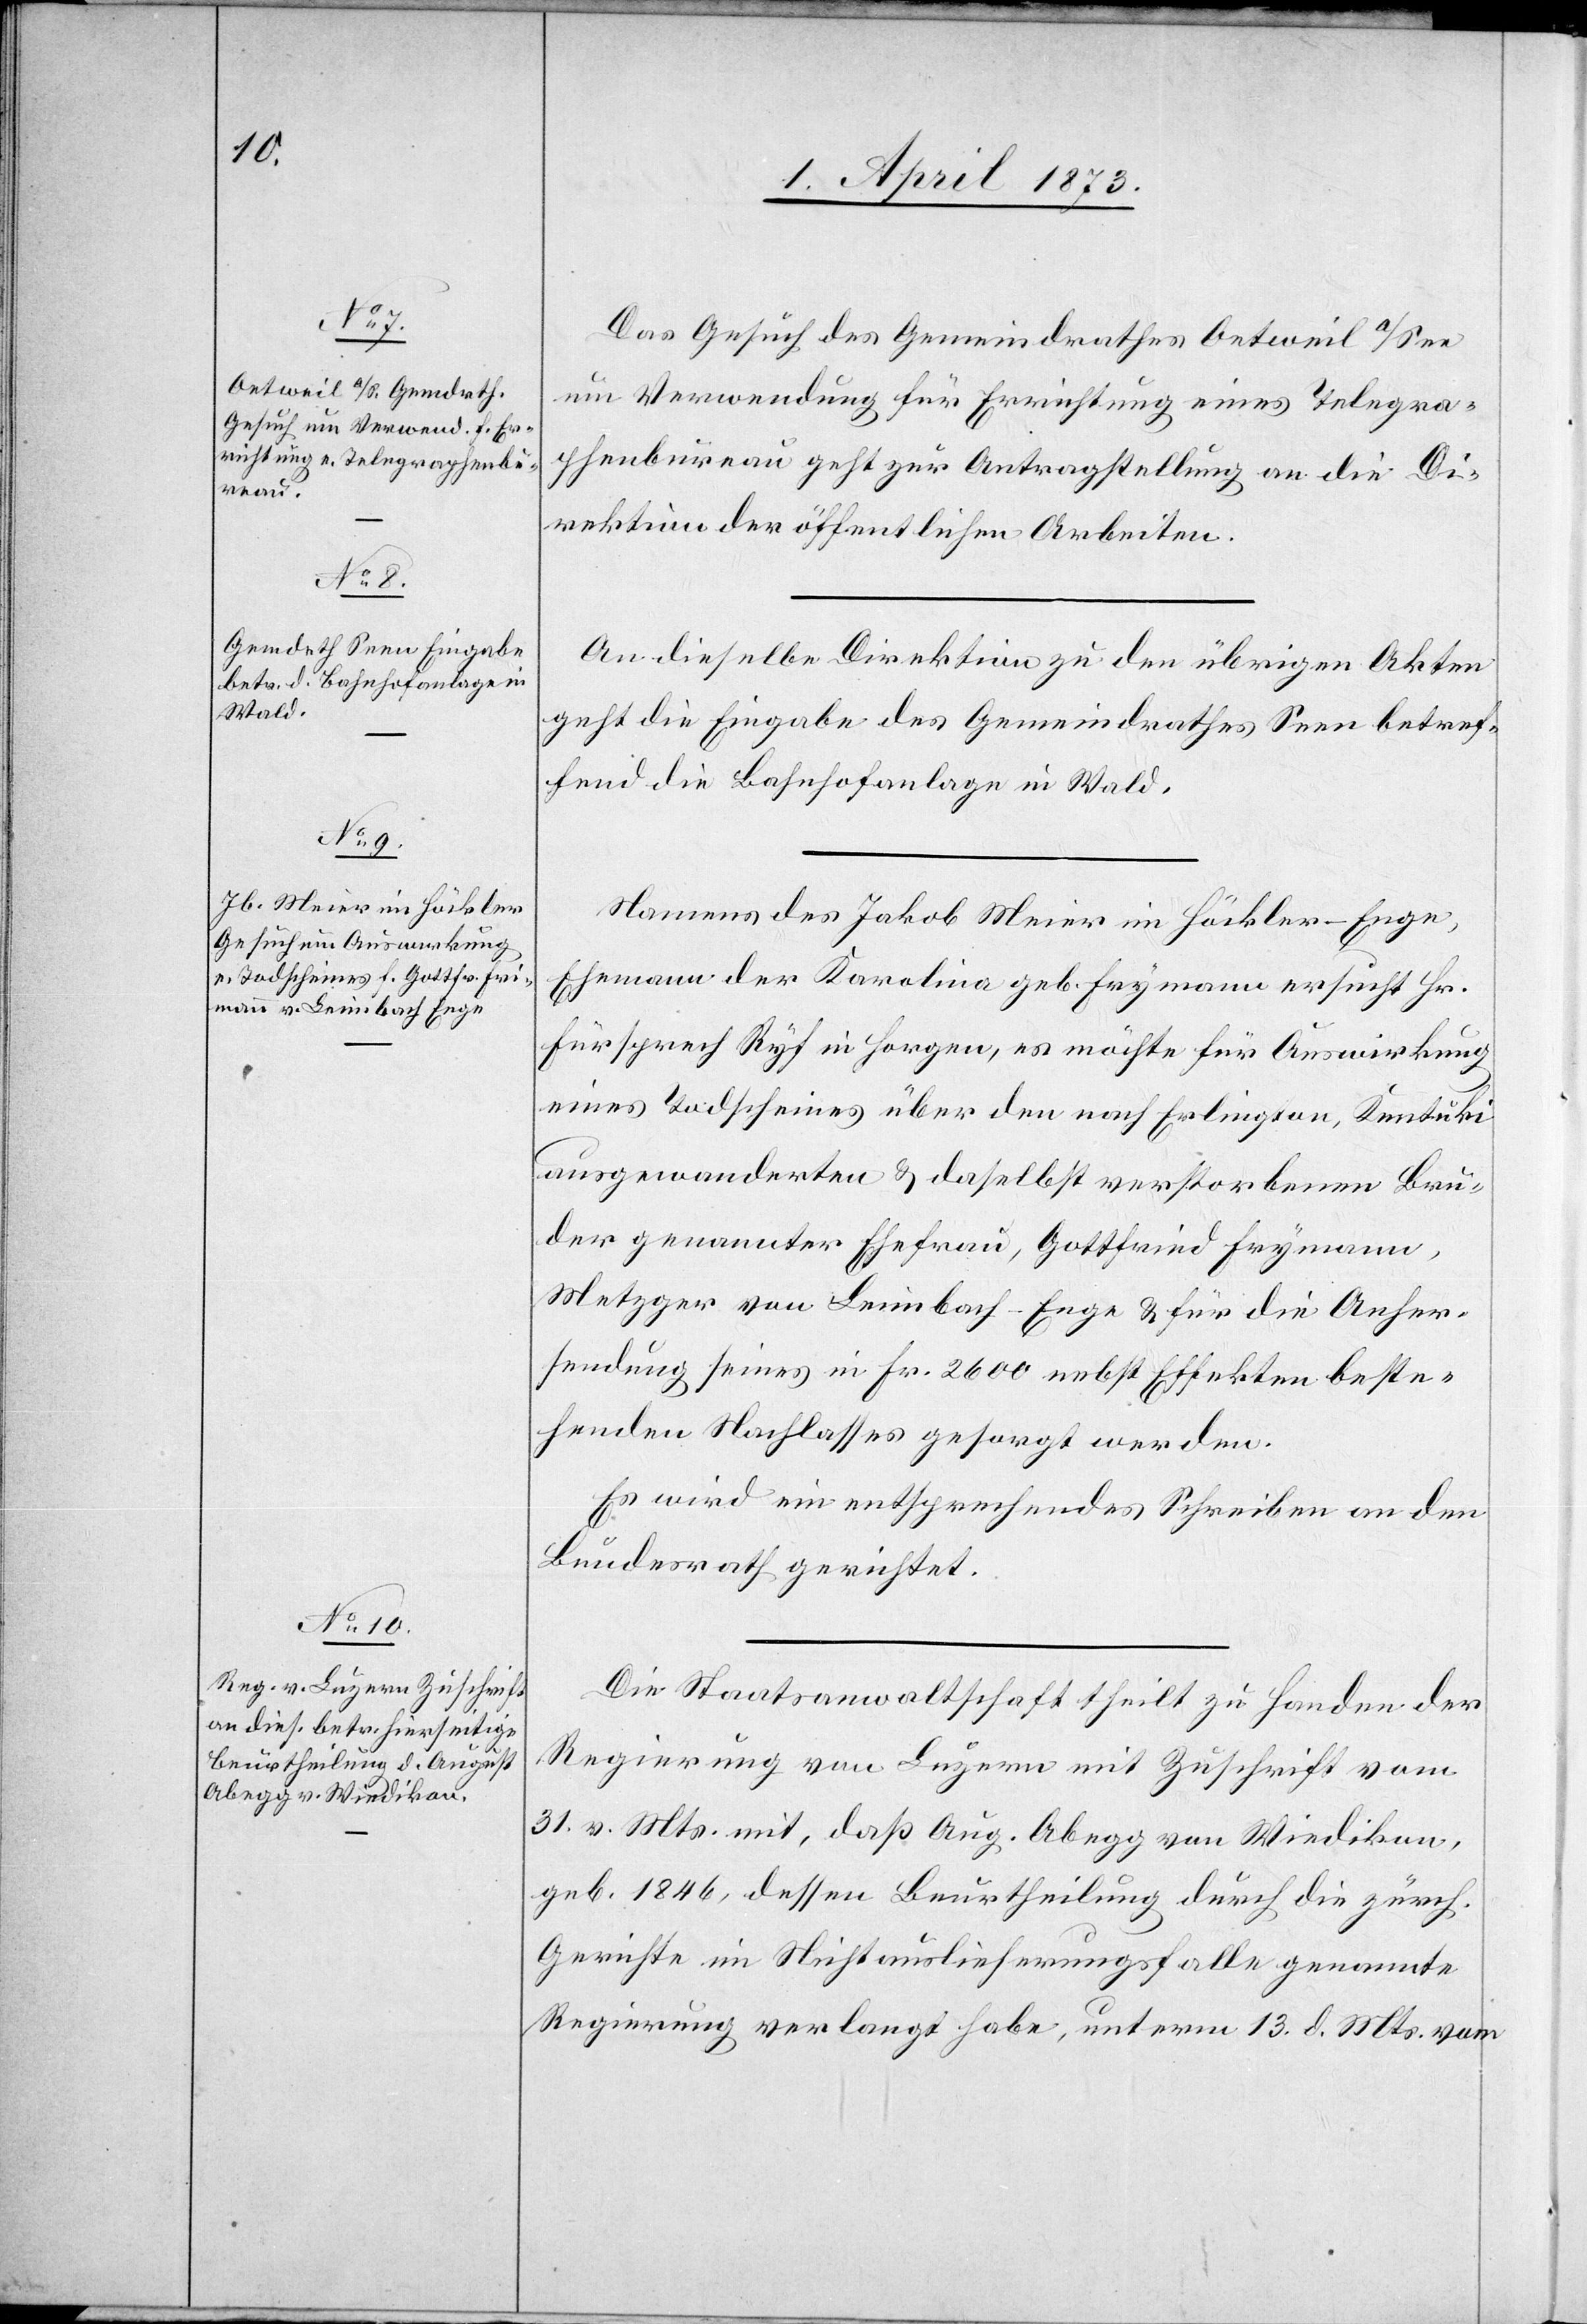
1. April 1873.]
Das Gesuch des Gemeindrathes Oetweil a/See
um Verwendung für Errichtung eines Telegra¬
phenbureau geht zur Antragstellung an die Di¬
rektion der öffentlichen Arbeiten.
An dieselbe Direktion zu den übrigen Akten
geht die Eingabe des Gemeindrathes Seen betref¬
fend die Bahnhofanlage in Wald.
Namens des Jakob Meier in Höckler-Enge,
Ehemann der Karolina geb. Frymann [sic!] ersucht Hr.
Fürsprech Ryf in Horgen, es möchte für Auswirkung
eines Todscheines über den nach E[a]rlington, Kentuki
ausgewanderten u. daselbst verstorbenen Bru¬
der genannter Ehefrau, Gottfried Frymann,
Metzger von Leimbach-Enge u. für die Anher¬
sendung seines in Fr. 2600 nebst Effekten beste¬
henden Nachlasses gesorgt werden.
Es wird ein entsprechendes Schreiben an den
Bundesrath gerichtet.
Die Staatsanwaltschaft theilt zu Handen der
Regierung von Luzern mit Zuschrift vom
31. v. Mts. mit, daß Aug. Abegg von Wiedikon,
geb. 1846, dessen Beurtheilung durch die zürch.
Gerichte im Nichtauslieferungsfalle genannte
Regierung verlangt habe, unterm 13. d. Mts. vom